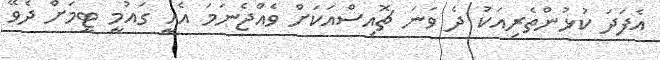
އެފަދަ ކުޅުންތެރިއަކު ދެ ވަނަ ޗޮއިސްއަކަށް ވެއްޖެނަމަ އެއީ ގައުމީ ޓީމަށް ދެވޭ